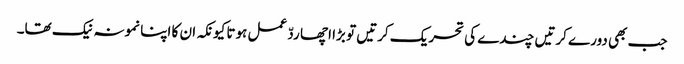
جب بھی دورے کرتیں چندے کی تحریک کرتیں تو بڑا اچھا ردّ عمل ہوتا کیونکہ ان کا اپنا نمونہ نیک تھا۔